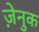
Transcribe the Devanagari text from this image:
ज़ेनुक